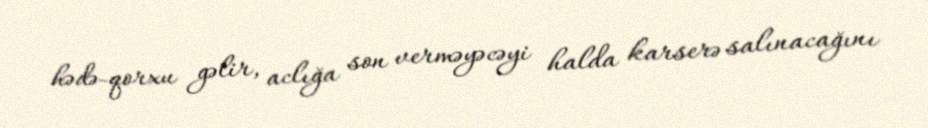
hədə-qorxu gəlir, aclığa son verməyəcəyi halda karserə salınacağını